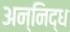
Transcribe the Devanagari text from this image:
अन्निद्ध